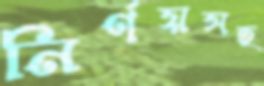
নির্ণয়সহ